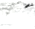
هذه